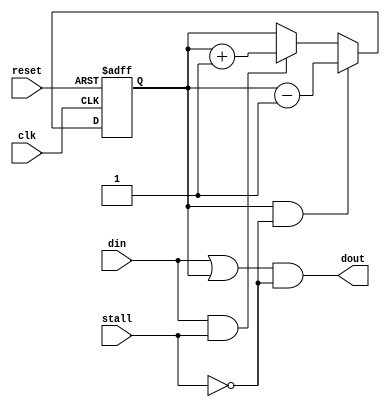
/////////////////////////////////////////////////////////////////////
////                                                             ////
////          eyal@provartec.com                                 ////
////                                                             ////
////  Downloaded from: http://www.opencores.org                  ////
/////////////////////////////////////////////////////////////////////
////                                                             ////
//// Copyright (C) 2010 Provartec LTD                            ////
//// www.provartec.com                                           ////
//// info@provartec.com                                          ////
////                                                             ////
//// This source file may be used and distributed without        ////
//// restriction provided that this copyright statement is not   ////
//// removed from the file and that any derivative work contains ////
//// the original copyright notice and the associated disclaimer.////
////                                                             ////
//// This source file is free software; you can redistribute it  ////
//// and/or modify it under the terms of the GNU Lesser General  ////
//// Public License as published by the Free Software Foundation.////
////                                                             ////
//// This source is distributed in the hope that it will be      ////
//// useful, but WITHOUT ANY WARRANTY; without even the implied  ////
//// warranty of MERCHANTABILITY or FITNESS FOR A PARTICULAR     ////
//// PURPOSE.  See the GNU Lesser General Public License for more////
//// details. http://www.gnu.org/licenses/lgpl.html              ////
////                                                             ////
/////////////////////////////////////////////////////////////////////
//---------------------------------------------------------
//-- File generated by RobustVerilog parser
//-- Version: 1.0
//-- Invoked Fri Mar 25 23:36:54 2011
//--
//-- Source file: prgen_stall.v
//---------------------------------------------------------



module prgen_stall(clk,reset,din,stall,dout);

   parameter                  DEPTH   = 1;
      
   input               clk;
   input               reset;
   
   input               din;
   input               stall;
   output               dout;


   
   reg [DEPTH-1:0]           count;
   wire               pend;
   
   
   always @(posedge clk or posedge reset)
     if (reset)
       count <= #1 {DEPTH{1'b0}};
     else if (pend & (~stall))
       count <= #1 count - 1'b1;
     else if (din & stall)
       count <= #1 count + 1'b1;

   assign               pend = (|count);
   assign               dout = (din | pend) & (~stall);


   
   
   
endmodule